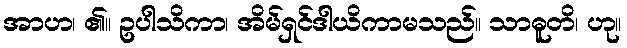
အာဟ၊ ၏။ ဥပါသိကာ၊ အိမ်ရှင်ဒါယိကာမသည်။ သာဓူတိ၊ ဟု။